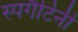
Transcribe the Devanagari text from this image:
स्पगैटिनी